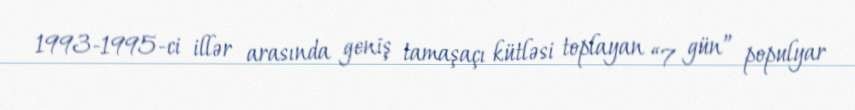
1993-1995-ci illər arasında geniş tamaşaçı kütləsi toplayan “7 gün” populyar